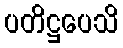
ပတိဋ္ဌပေသိ